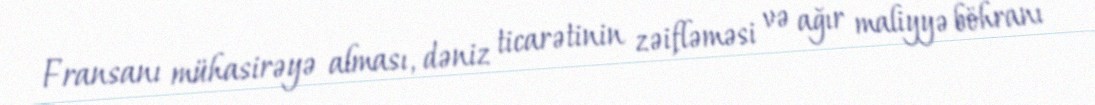
Fransanı mühasirəyə alması, dəniz ticarətinin zəifləməsi və ağır maliyyə böhranı